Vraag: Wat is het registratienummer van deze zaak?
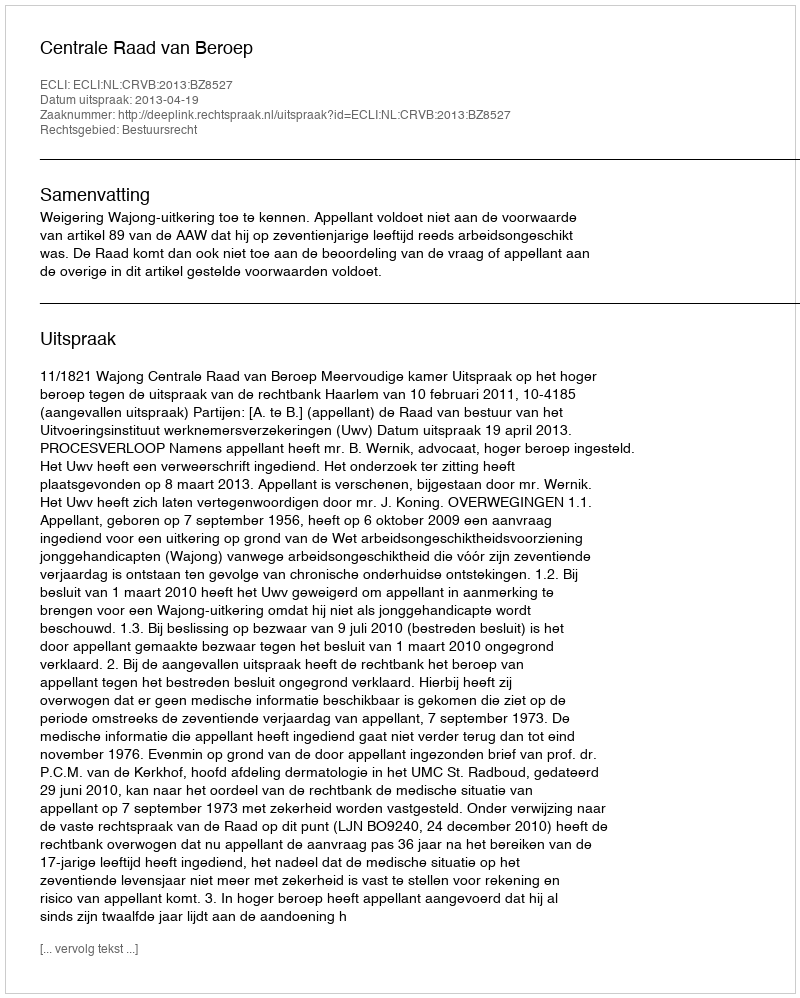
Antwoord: http://deeplink.rechtspraak.nl/uitspraak?id=ECLI:NL:CRVB:2013:BZ8527